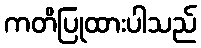
ကတိပြုထားပါသည်